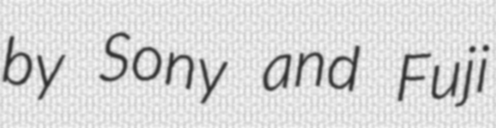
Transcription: by Sony and Fuji